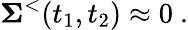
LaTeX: {\mathbf\Sigma}^{<}(t_{1},t_{2})\approx 0~.